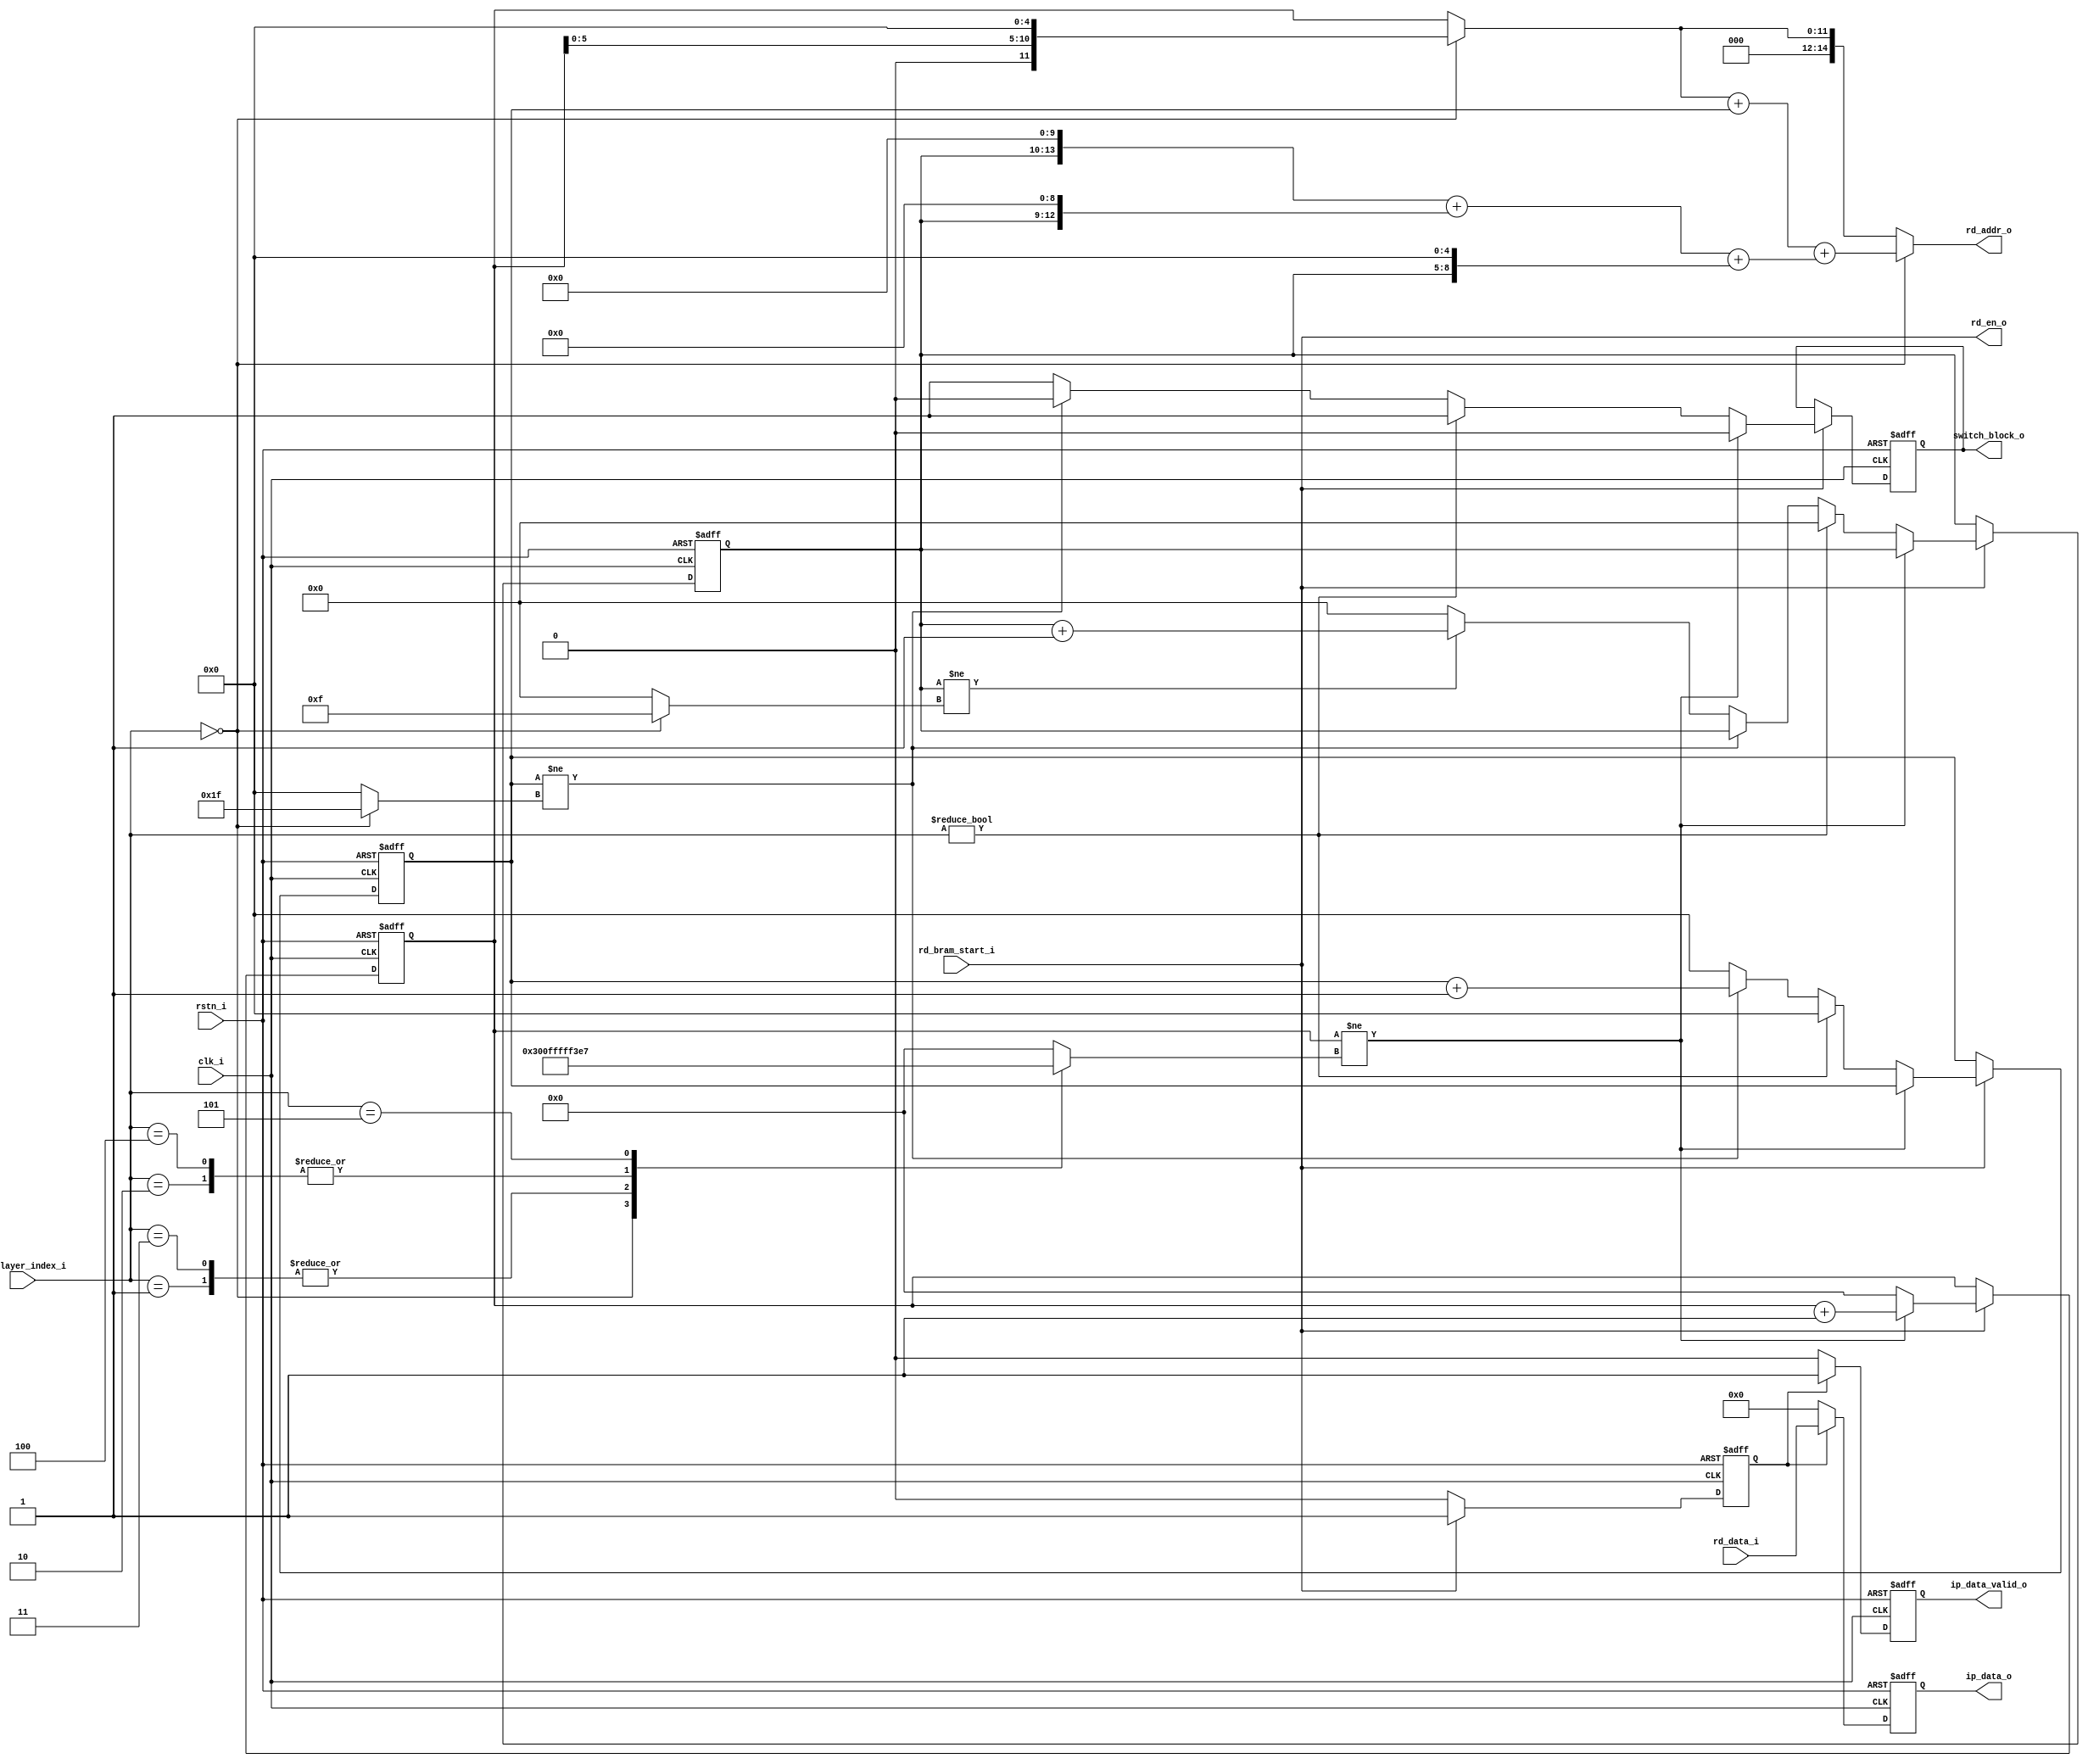
/* 
  --read inner product input data from bram
*/
//`define SIM

module ip_rd_data
#(
    parameter FW = 16,
    parameter MS = 32
)
(
    `ifdef SIM
    output [12-1:0] pixel_pos_sim_o,
    output [5-1:0]  channel_pos_sim_o,
    output [4-1:0]  sec_pos_sim_o,
    `endif
    input             clk_i,
    input             rstn_i,
    input             rd_bram_start_i,
//    input             ip_oneuron_start_i,
    input  [3-1:0]    cur_layer_index_i,
    output            rd_en_o,
    output reg        switch_block_o, //block: 32 output channels, only valid in fc6_1
    output reg        ip_data_valid_o,
    output [15-1:0]   rd_addr_o,
    input  [FW-1:0]   rd_data_i,
    output reg [FW-1:0] ip_data_o
);

    //--pixel position in one output channel of 7x7
    reg [12-1:0] pixel_pos;   
    //--output channel position from 0 to 31 in one sector
    reg [5-1:0] channel_pos; 
    //--sector position from 0 to 15
    reg [4-1:0] sec_pos;     
    reg [12-1:0] pixel_end;
    wire [5-1:0] channel_end;
    wire [4-1:0] sec_end;
    reg ip_data_valid;
    
    always @(cur_layer_index_i) begin
        case(cur_layer_index_i)
            3'd0: pixel_end = 12'd48;
            3'd1: pixel_end = 12'd255;
            3'd2: pixel_end = 12'd4095;
            3'd3: pixel_end = 12'd255;
            3'd4: pixel_end = 12'd4095;
            3'd5: pixel_end = 12'd999;
            default: pixel_end = 12'd0;
        endcase
    end
    assign channel_end = (cur_layer_index_i==3'd0) ? 5'd31 : 5'd0;
    assign sec_end = (cur_layer_index_i==3'd0) ? 4'd15: 4'd0; //512 = sec_end*channel_end
    
    //--calculate pixel, channel, sector position
    //--reg rd_en; // bram enbale with bias situation
    assign rd_en_o = rd_bram_start_i;
    always @(negedge rstn_i or posedge clk_i) begin
        if (~rstn_i) begin
            // reset
            //rd_en <= 1'b0;
            pixel_pos   <= 12'd0;
            channel_pos <= 5'd0;
            sec_pos     <= 4'd0;
    
            switch_block_o  <= 1'b0;
            ip_data_valid   <= 1'b0;
        end
        else begin 
            /*
            if (rd_bram_start_i == 1'b1) begin
                //rd_en <= 1'b1;
            end
            else begin
               //rd_en <= 1'b0;
            end
            */
            if (rd_bram_start_i==1'b1) begin
                ip_data_valid  <= 1'b1;
                // data is process in pixel-wise within one 7x7 unit
                if (pixel_pos != pixel_end) begin
                    pixel_pos <= pixel_pos + 1'b1;
    
                    switch_block_o <= 1'b0;
                end
                else begin
                    if(cur_layer_index_i != 3'd0) begin
                        switch_block_o <= 1'b1;
    
                        pixel_pos   <= 12'd0;
                        sec_pos     <= 4'd0;
                        channel_pos <= 5'd0;
                    end
                    else begin
                        if (channel_pos != channel_end) begin
                            channel_pos <= channel_pos + 1'b1;
                            pixel_pos   <= 12'd0;
    
                            switch_block_o <= 1'b0;
                        end
                        else begin
                            if(sec_pos != sec_end) begin
                            sec_pos <= sec_pos + 1'b1;
                            end
                            else begin
                                sec_pos <= 4'd0;
                            end
                            pixel_pos   <= 12'd0;
                            channel_pos <= 5'd0;
    
                            switch_block_o <= 1'b1;
                        end
                    end
                end
            end
            else
                ip_data_valid <= 1'b0;
        end
    end
    
    //decide read bram address
    wire [15-1:0] pixel_offset;
    wire [15-1:0] channel_offset;
    wire [15-1:0] sec_offset;
    
    //--in first ip layer, 
    //--pixel_offset = pixel_pos * 32
    //--in following ip layer,
    //--pixel_offset = pixel_pos
    assign pixel_offset = (cur_layer_index_i==3'd0) 
                          ? {4'd0, pixel_pos[5:0], 5'd0}
                          : {3'd0, pixel_pos};
    assign channel_offset = {10'd0, channel_pos};
    //--sec_offset = sec_pos*(49*32)
    //--           = sec_pos * (32*32) +
    //--             sec_pos * (16*32) +
    //--             sec_pos * (1*32)
    assign sec_offset = {1'b0, sec_pos, 10'd0} + //--x1024 
                        {2'd0, sec_pos, 9'd0}  + //--x512
                        {6'd0, sec_pos, 5'd0};   //--x32
    assign rd_addr_o = (cur_layer_index_i==3'd0) 
                       ? pixel_offset + channel_offset + sec_offset
                       : pixel_offset;
    
    always @(negedge rstn_i or posedge clk_i) begin
        if(~rstn_i) begin
            ip_data_valid_o <= 1'b0;
            ip_data_o       <= {FW{1'b0}};
        end
        else begin
            if(ip_data_valid) begin
                ip_data_valid_o <= 1'b1;
                ip_data_o       <= rd_data_i;
            end
            else begin
                ip_data_valid_o <= 1'b0;
                ip_data_o       <= {FW{1'b0}};
            end
        end
    end

    `ifdef SIM
    assign pixel_pos_sim_o   = pixel_pos;
    assign channel_pos_sim_o = channel_pos;
    assign sec_pos_sim_o     = sec_pos;
    `endif

endmodule